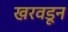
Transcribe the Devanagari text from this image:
खरवडून